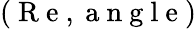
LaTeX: (\mathrm{~R~e~},\mathrm{~a~n~g~l~e~})